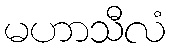
မဟာသီလံ